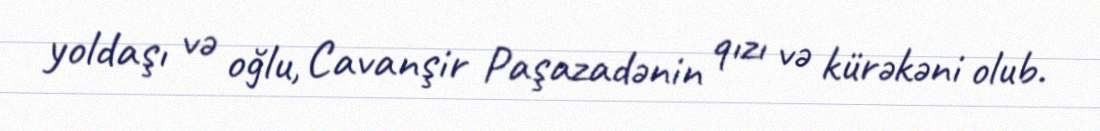
yoldaşı və oğlu, Cavanşir Paşazadənin qızı və kürəkəni olub.